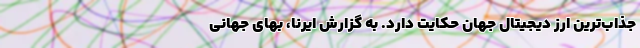
جذاب‌ترین ارز دیجیتال جهان حکایت دارد. به گزارش ایرنا، ‌بهای جهانی